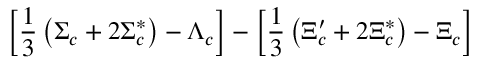
\left[ \frac 1 3 \left( \Sigma _ { c } + 2 \Sigma _ { c } ^ { * } \right) - \Lambda _ { c } \right] - \left[ \frac 1 3 \left( \Xi _ { c } ^ { \prime } + 2 \Xi _ { c } ^ { * } \right) - \Xi _ { c } \right]